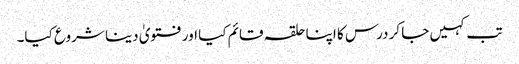
تب کہیں جا کر درس کا اپنا حلقہ قائم کیا اور فتویٰ دینا شروع کیا۔